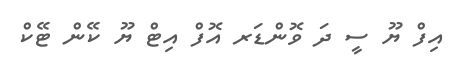
އިފް ޔޫ ސީ ދަ ވޮންޑަރ އޮފް އިޓް ޔޫ ކޭން ޓޭކް